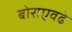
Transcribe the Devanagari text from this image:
बोराएवढे